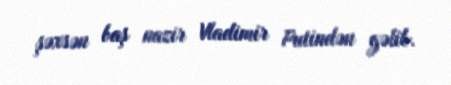
şəxsən baş nazir Vladimir Putindən gəlib.